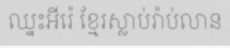
ឈ្នះអីរ៉េ ខ្មែរស្លាប់រ៉ាប់លាន